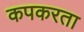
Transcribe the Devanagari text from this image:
कपकरता